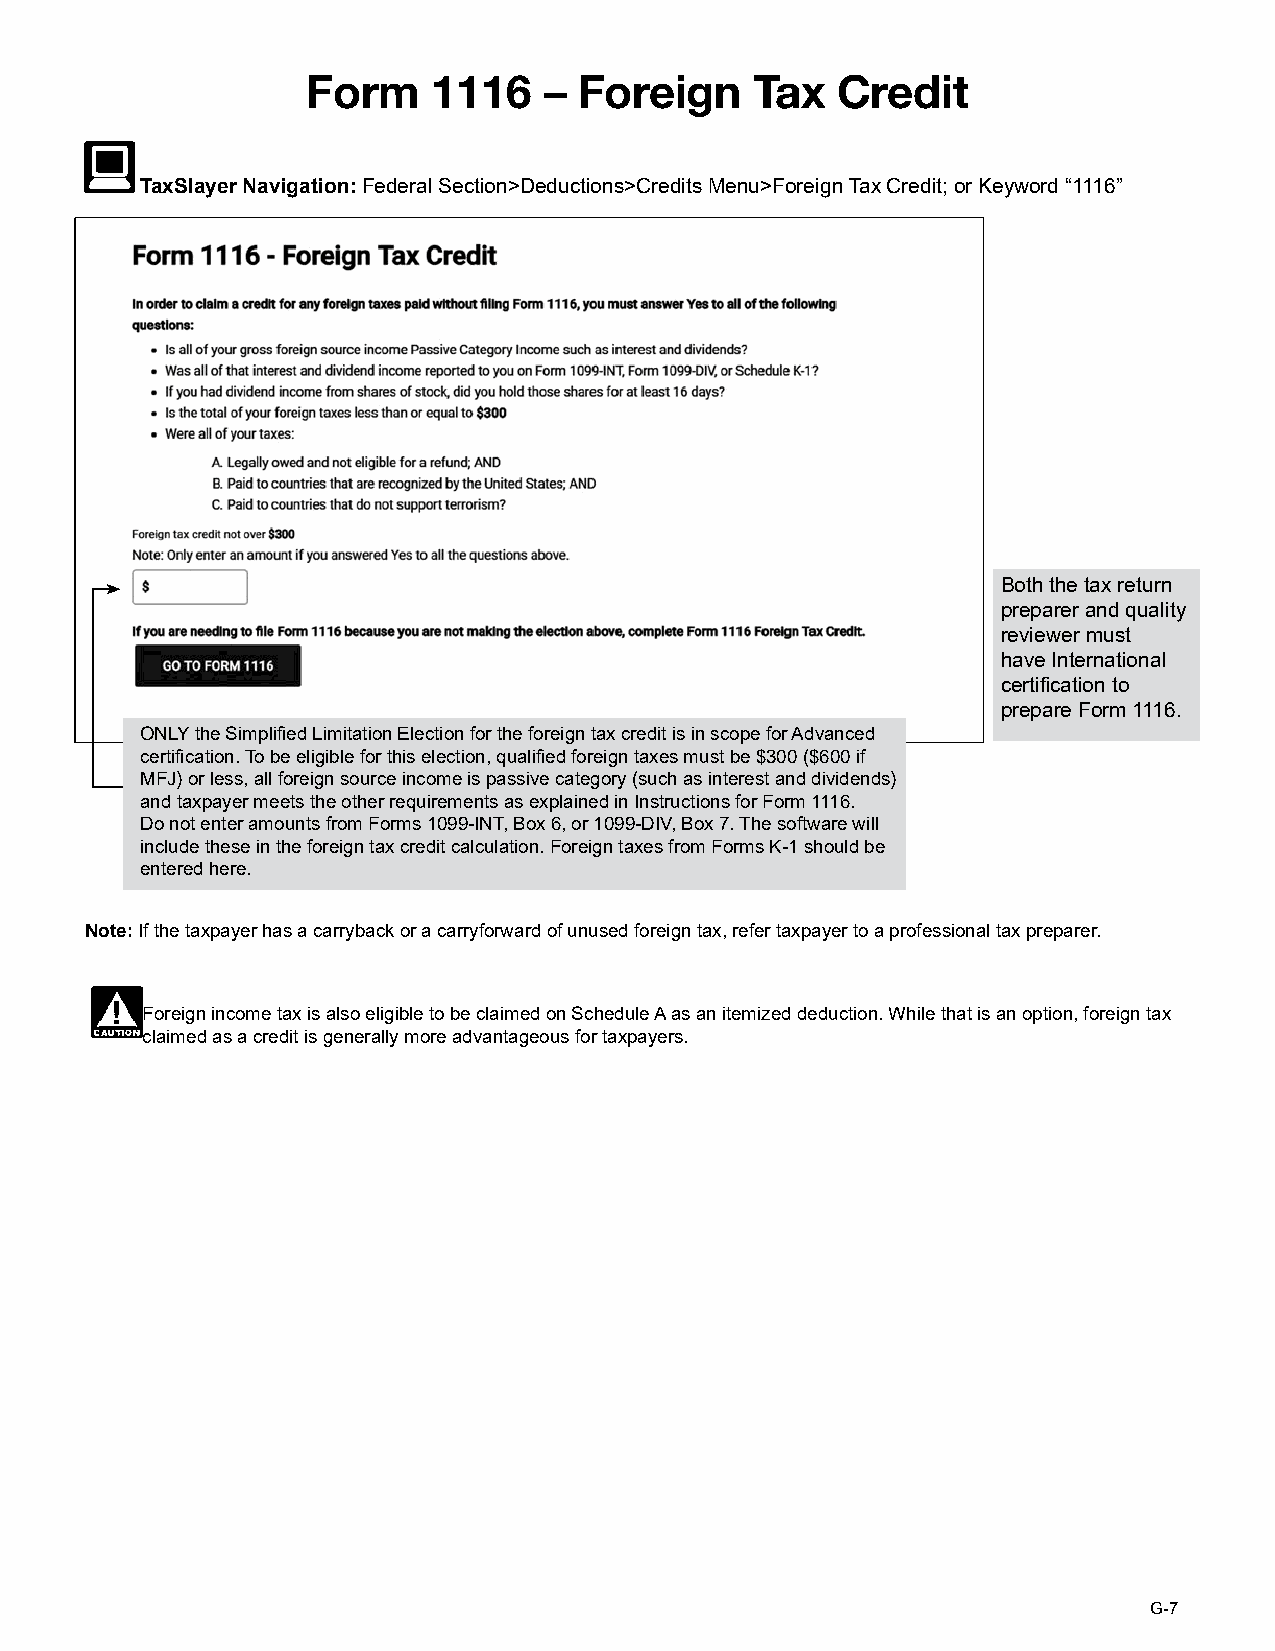
Form     1116   – Foreign     Tax  Credit
 TaxSlayer Navigation: Federal Section>Deductions>Credits Menu>Foreign Tax Credit; or Keyword “1116”
 Both the tax return
 preparer and quality
 reviewer must
 have International
 certification to
 prepare Form 1116.
 ONLY the Simplified Limitation Election for the foreign tax credit is in scope for Advanced
 certification. To be eligible for this election, qualified foreign taxes must be $300 ($600 if
 MFJ) or less, all foreign source income is passive category (such as interest and dividends)
 and taxpayer meets the other requirements as explained in Instructions for Form 1116.
 Do not enter amounts from Forms 1099-INT, Box 6, or 1099-DIV, Box 7. The software will
 include these in the foreign tax credit calculation. Foreign taxes from Forms K-1 should be
 entered here.
 Note: If the taxpayer has a carryback or a carryforward of unused foreign tax, refer taxpayer to a professional tax preparer.
 Foreign income tax is also eligible to be claimed on Schedule A as an itemized deduction. While that is an option, foreign tax
 claimed as a credit is generally more advantageous for taxpayers.
 G-7